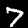
Digit: 7